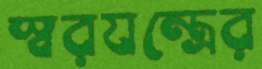
স্বরযন্ত্রের